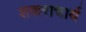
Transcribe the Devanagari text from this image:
शकराचार्य